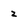
Character: 2